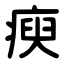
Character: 瘐